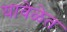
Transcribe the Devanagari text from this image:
यावेळेत